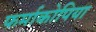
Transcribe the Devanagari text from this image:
फर्माकोपिया